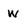
Character: w